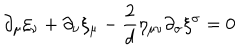
\partial _ { \mu } \xi _ { \nu } + \partial _ { \nu } \xi _ { \mu } - \frac { 2 } { d } \eta _ { \mu \nu } \partial _ { \sigma } \xi ^ { \sigma } = 0